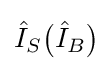
{\hat {I}}_{S}{\big (}{\hat {I}}_{B}{\big )}